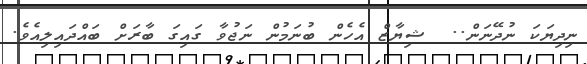
ނިދިޔަކަ ނުދޭނަން..  ޝިޔާޒް އެހެން ބުނަމުން ނަޖުވާ ގައިގަ ބާރަށް ބައްދައިލިއެވެ.